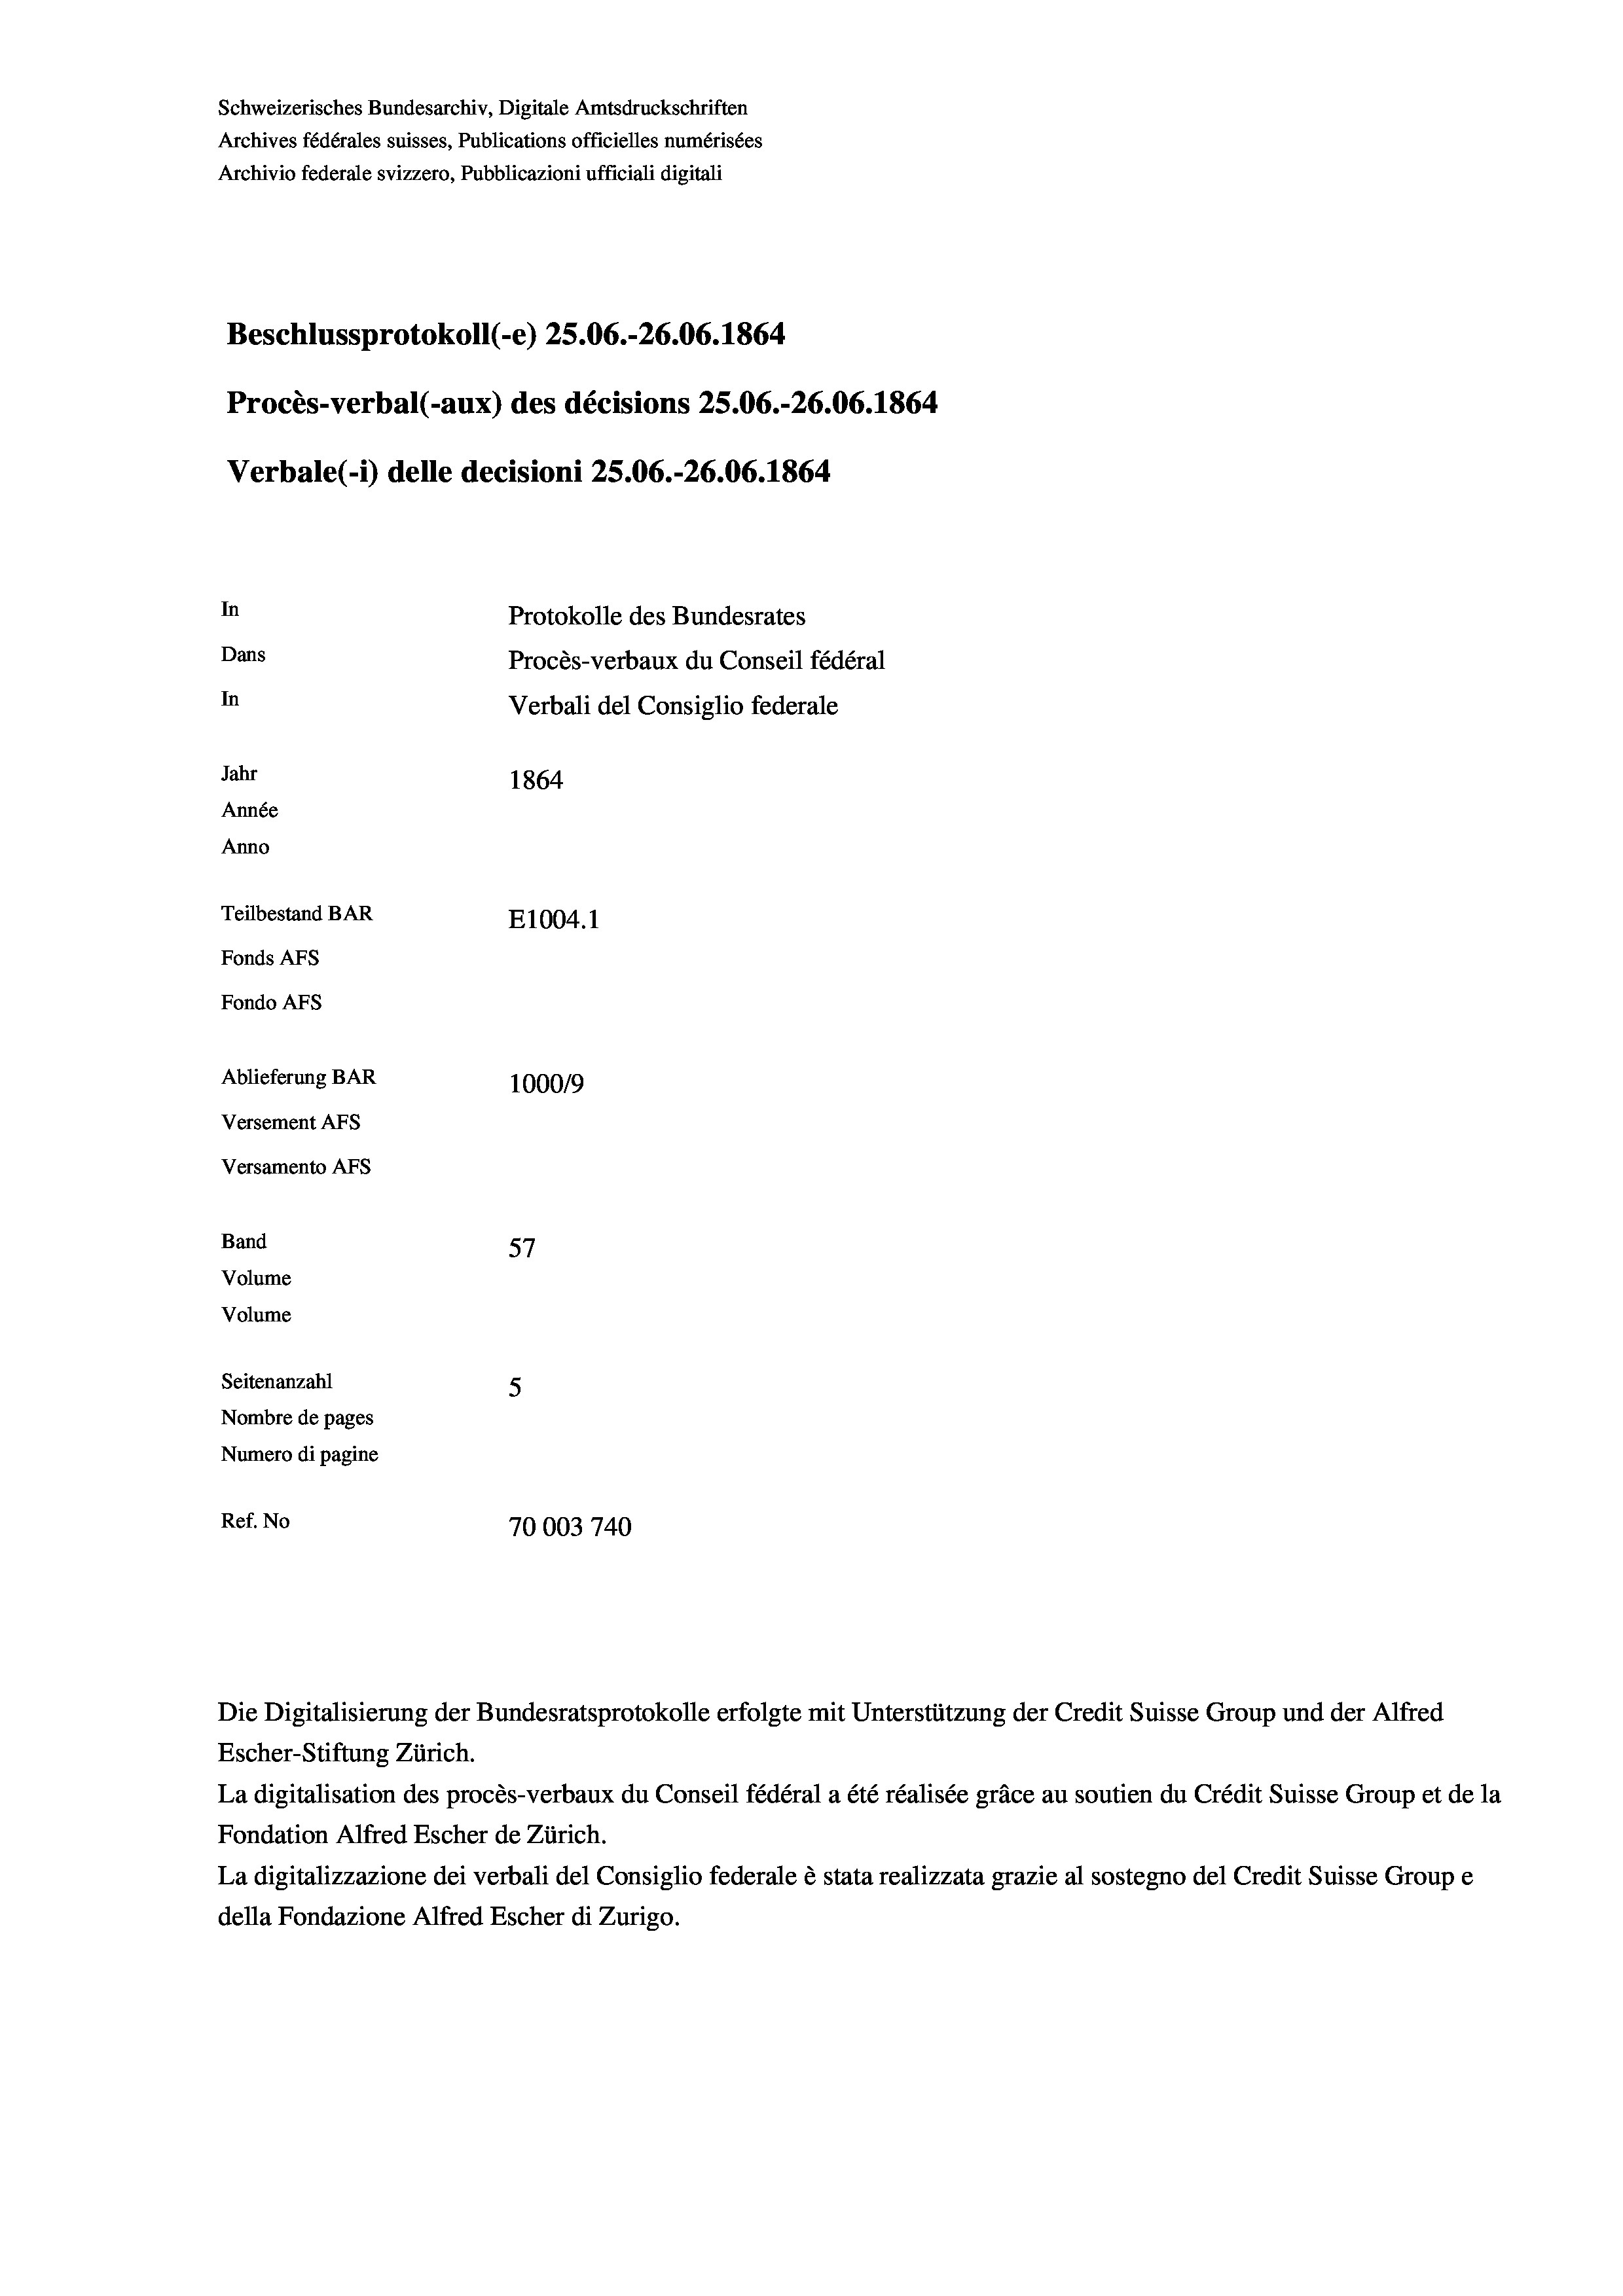
Schweizerisches Bundesarchiv, Digitale Amtsdruckschriften
Archives fédérales suisses, Publications officielles numérisées
Archivio federale svizzero, Pubblicazioni ufficiali digitali
Beschlussprotokoll (-e) 25.06.-26.06. 1864
Procès-verbal (-aux) des décisions 25.06.-26.06. 1864
Verbale (- 1) delle decisioni 25.06.-26.06. 1864.
In
Protokolle des Bundesrates
Dans
Procès-verbaux du Conseil fédéral
In
Verbali del Consiglio federale
Jahr
1864
Année
Anno
Teilbestand BAR
E1004.1
Fonds AFs
Fondo Afs
Ablieferung BAR
100019
Versement AFs
Versamento AFs

Band
Volume
Volume

57
Seitenanzahl
5
Nombre de pages
Numero di pagine
Ref. No
70003740

Escher-Stiftung Zürich.
La digitalisation des procès-verbaux du Conseil fédéral a été réalisée gräce au soutien du Crédit Suisse Group et de la
Fondation Alfred Escher de Zürich.
La digitalizzazione dei verbali del Consiglio federale è stata realizzata grazie al sostegno del Credit Suisse Groupe
della Fondazione Alfred Escher di Zurigo.

Die Digitalisierung der Bundesratsprotokolle erfolgte mit Unterstützung der Credit Suisse Group und der Alfred